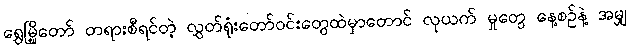
ရွှေမြို့တော် တရားစီရင်တဲ့ လွှတ်ရုံးတော်ဝင်းတွေထဲမှာတောင် လုယက် မှုတွေ နေ့စဉ်နဲ့ အမျှ